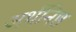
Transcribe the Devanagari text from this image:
अर्थनिष्ठ